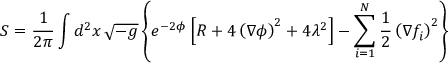
S = { \frac { 1 } { 2 \pi } } \int d ^ { 2 } x \, { \sqrt { - g } } \left\{ e ^ { - 2 \phi } \left[ R + 4 \left( \nabla \phi \right) ^ { 2 } + 4 \lambda ^ { 2 } \right] - \sum _ { i = 1 } ^ { N } { \frac { 1 } { 2 } } \left( \nabla f _ { i } \right) ^ { 2 } \right\}